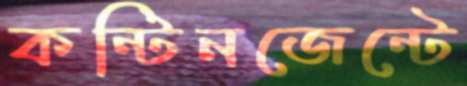
কন্টিনজেন্টে